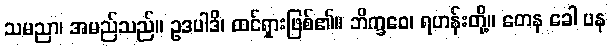
သမညာ၊ အမည်သည်။ ဥဒပါဒိ၊ ထင်ရှားဖြစ်၏။ ဘိက္ခဝေ၊ ရဟန်းတို့။ တေန ခေါ ပန